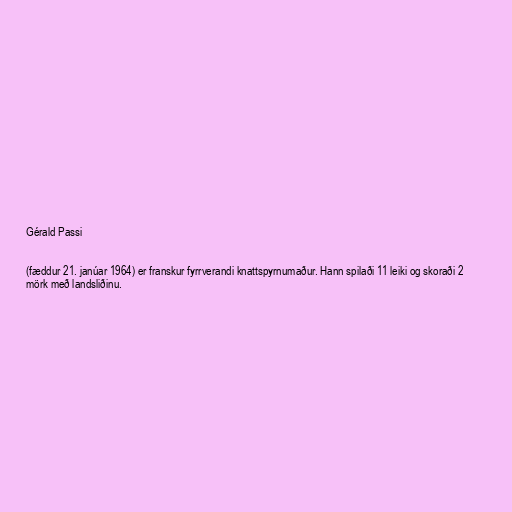
Gérald Passi

(fæddur 21. janúar 1964) er franskur fyrrverandi knattspyrnumaður. Hann spilaði 11 leiki og skoraði 2
mörk með landsliðinu.